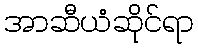
အာဆီယံဆိုင်ရာ